Document type: Emphyteutic lease
Year: 1281
Scribe: Pere Marquès
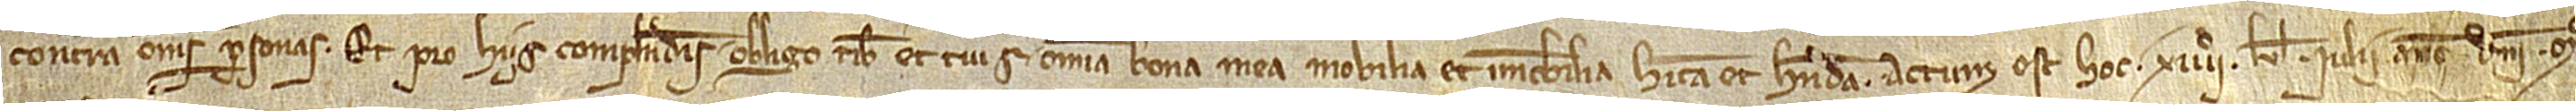
contra omnes personas. Et pro hiis complendis obligo tibi et tuis omnia bona mea, mobilia et immobilia, habita et habenda.  Actum est hoc XIIIIº kalendas iulii, anno Domini Mº